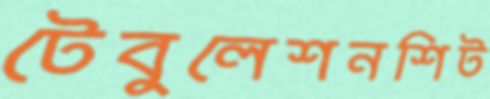
টেবুলেশনশিট